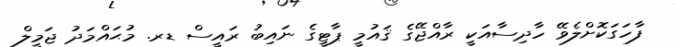
ފާހަގަކޮށްލެވޭ ހާދިސާއަކީ ރާއްޖޭގެ ޤައުމީ ޕާޓީގެ ނައިބު ރައީސް ޑރ. މުޙައްމަދު ޖަމީލް